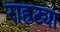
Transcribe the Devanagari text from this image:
राहट्या